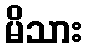
မိသား